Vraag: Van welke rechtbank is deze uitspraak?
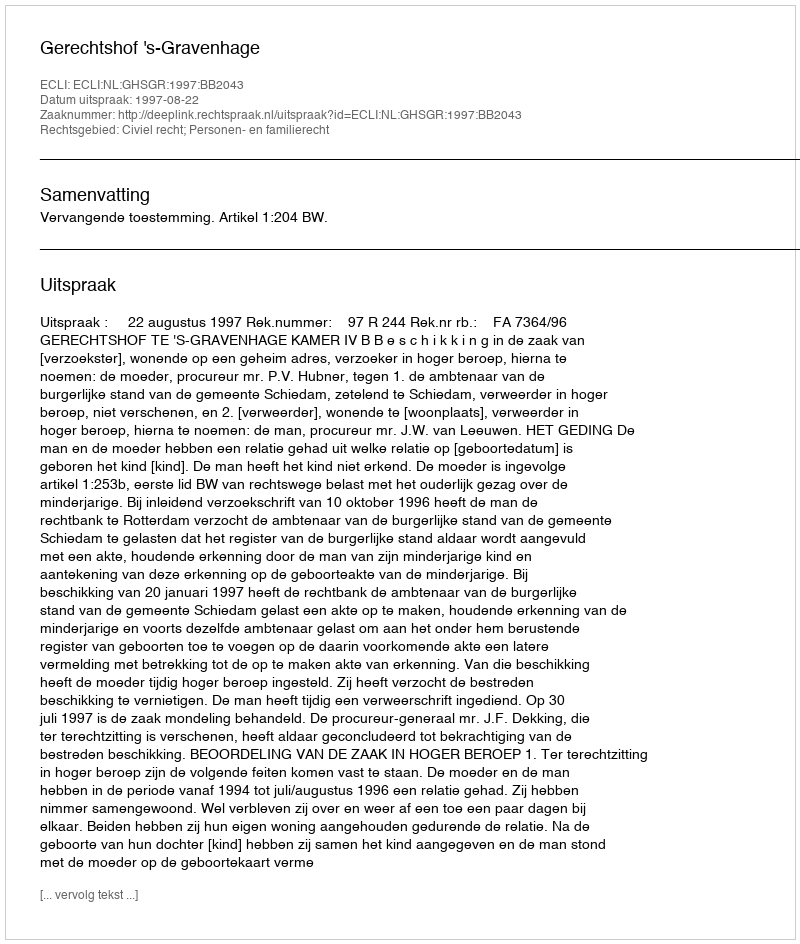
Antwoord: Gerechtshof 's-Gravenhage